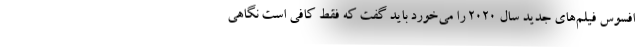
افسوس فیلم‌های جدید سال ۲۰۲۰ را می‌خورد باید گفت که فقط کافی است نگاهی